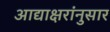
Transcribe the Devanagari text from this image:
आद्याक्षरांनुसार